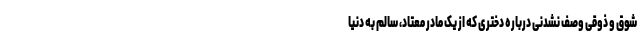
شوق و ذوقی وصف نشدنی درباره دختری که از یک مادر معتاد، سالم به دنیا